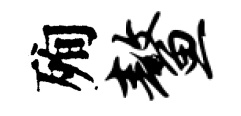
殉鳌